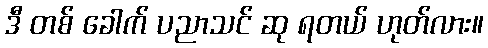
ဒီ တစ် ခေါက် ပညာသင် ဆု ရတယ် ဟုတ်လား။